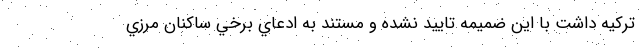
تركيه داشت با اين ضميمه تاييد نشده و مستند به ادعاي برخي ساكنان مرزي